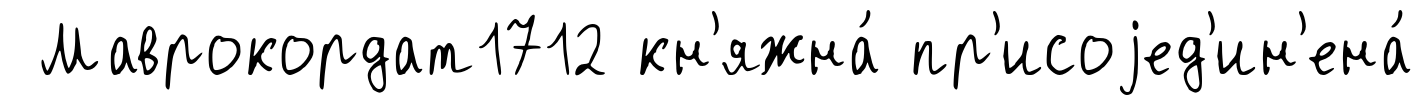
Маврокордат1712 кн'яжна́ пр'исоjед'ин'ена́